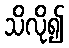
သိလို၍